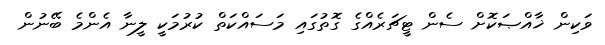
ވަކިން ޚާއްޞަކޮށް ސެން ޓީޗަރެއްގެ ގޮތުގައި މަސައްކަތް ކުރުމަކީ ލީނާ އެންމެ ބޭނުން